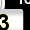
Digit: 3